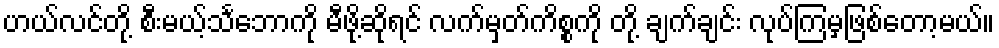
ဟယ်လင်တို့ စီးမယ့်သင်္ဘောကို မီဖို့ဆိုရင် လက်မှတ်ကိစ္စကို တို့ ချက်ချင်း လုပ်ကြမှဖြစ်တော့မယ်။